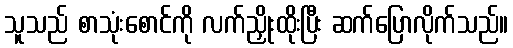
သူသည် စာသုံးစောင်ကို လက်ညှိုးထိုးပြီး ဆက်ပြောလိုက်သည်။